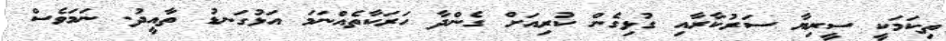
ތިކަމަކީ ސީރިޔާ ސަރުކާރާއި ގުޅިގެން ކުރިއަށް ގެންދާ ހަރަކާތެއްނަމަ އަޅުގަނޑު ތާއީދު. ނަމަވެސް